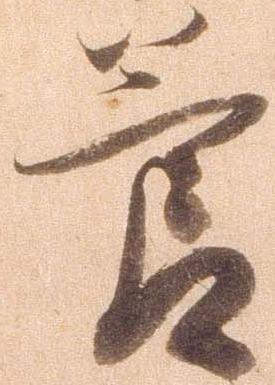
節